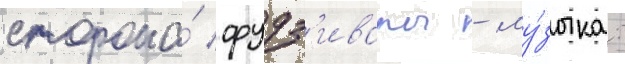
сторона́ фудз'ивары - му́зыка: